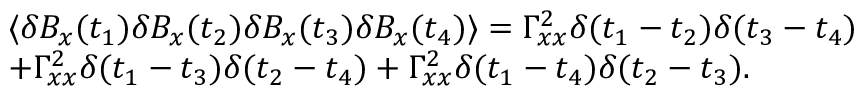
\begin{array} { r l } & { \langle \delta B _ { x } ( t _ { 1 } ) \delta B _ { x } ( t _ { 2 } ) \delta B _ { x } ( t _ { 3 } ) \delta B _ { x } ( t _ { 4 } ) \rangle = \Gamma _ { x x } ^ { 2 } \delta ( t _ { 1 } - t _ { 2 } ) \delta ( t _ { 3 } - t _ { 4 } ) } \\ & { + \Gamma _ { x x } ^ { 2 } \delta ( t _ { 1 } - t _ { 3 } ) \delta ( t _ { 2 } - t _ { 4 } ) + \Gamma _ { x x } ^ { 2 } \delta ( t _ { 1 } - t _ { 4 } ) \delta ( t _ { 2 } - t _ { 3 } ) . } \end{array}